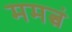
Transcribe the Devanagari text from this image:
ममत्वं